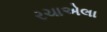
રચાએલા